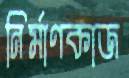
নির্মাণকাজ